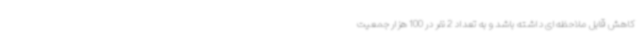
کاهش قابل ملاحظه‌ای داشته باشد و به تعداد 2 نفر در 100 هزار جمعیت